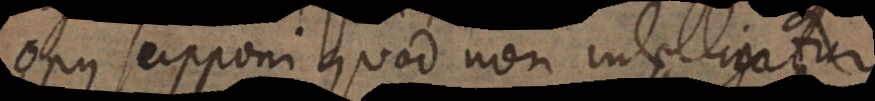
opus supponi quod non intelligatur